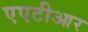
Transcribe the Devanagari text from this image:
एएटीआर